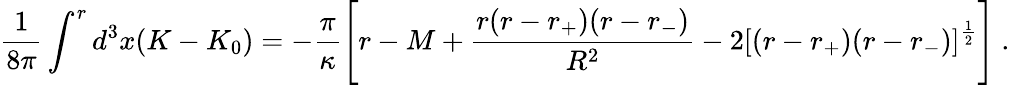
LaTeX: \frac{1}{8\pi}\int^{r}d^{3}x(K-K_{0})=-\frac{\pi}{\kappa}\Biggl[r-M+\frac{r(r-r_{+})(r-r_{-})}{R^{2}}-2[(r-r_{+})(r-r_{-})]^{\frac{1}{2}}\Biggr]\ .